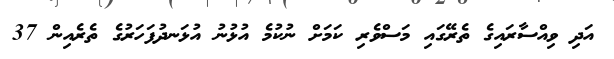
އަދި ވިއްސާރައިގެ ތެރޭގައި މަސްވެރި ކަމަށް ނުކުމެ އުޅުނު އުޅަނދުފަހަރުގެ ތެރެއިން 37